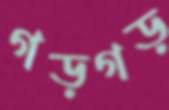
গড়গড়